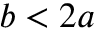
b < 2 a